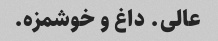
عالی. داغ و خوشمزه.